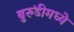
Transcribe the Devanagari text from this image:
बुरुंडीमध्ये